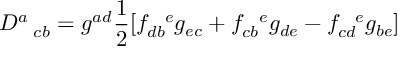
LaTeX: D _ { \ \ c b } ^ { a } = g ^ { a d } \frac { 1 } { 2 } [ f _ { d b } ^ { \ \ e } g _ { e c } + f _ { c b } ^ { \ \ e } g _ { d e } - f _ { c d } ^ { \ \ e } g _ { b e } ]